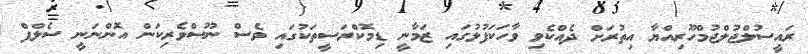
ރައީސުލްޖުލްޖުމްހޫރިއްޔާ އިތުރަށް ދެއްކެވި ވާހަކަފުޅުގައި ޒަމާނީ ޑިމޮކްރަސީތަކުގައި ވެސް ނޫސްވެރިކަން އޮންނަނީ ސެލްފް